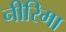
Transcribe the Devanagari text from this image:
नीरिमा